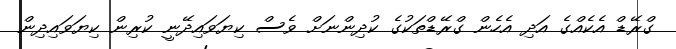
ގްރޭޑް އެކެއްގެ އަދި އެހެން ގްރޭޑްތަކުގެ ކުދިންނަށް ވެސް ކިޔަވައިދޭނީ ކުރިން ކިޔަވައިދިން